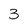
Character: 3